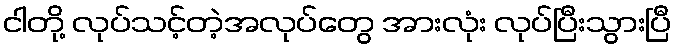
ငါတို့ လုပ်သင့်တဲ့အလုပ်တွေ အားလုံး လုပ်ပြီးသွားပြီ